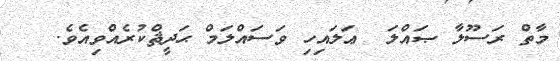
މާތް ރަސޫލާ ޞައްލަ  ޢަލައިހި ވަސައްލަމް ޙަދީޘްކުރެއްވިއެވެ.